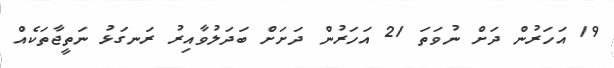
19 އަހަރުން ދަށް ނުވަތަ 21 އަހަރުން ދަށަށް ބަދަލުވާއިރު ރަނގަޅު ނަތީޖާތަކެއް